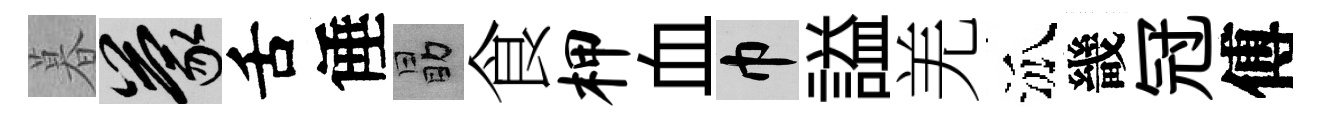
暮蒙舌倕勗食柙血巾謚羌泒畿冠傅